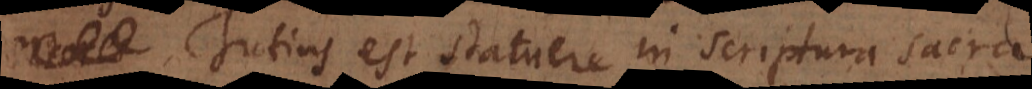
Tutius est statuere in scriptura sacra